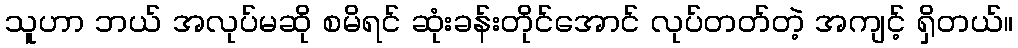
သူဟာ ဘယ် အလုပ်မဆို စမိရင် ဆုံးခန်းတိုင်အောင် လုပ်တတ်တဲ့ အကျင့် ရှိတယ်။